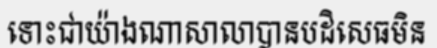
ទោះជាយ៉ាងណាសាលាបានបដិសេធមិន